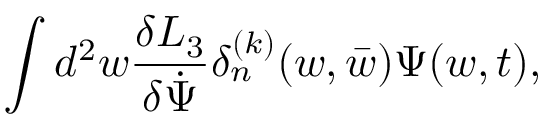
\int d ^ { 2 } w { \frac { \delta { \cal L } _ { 3 } } { \delta { \dot { \Psi } } } } \delta _ { n } ^ { ( k ) } ( w , { \bar { w } } ) \Psi ( w , t ) ,